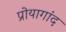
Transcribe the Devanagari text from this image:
प्रोयागांद